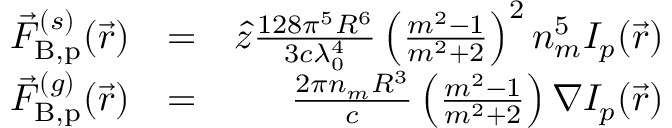
\begin{array} { r l r } { \vec { F } _ { { \mathrm { B , p } } } ^ { ( s ) } ( \vec { r } ) } & { = } & { \hat { z } \frac { 1 2 8 \pi ^ { 5 } R ^ { 6 } } { 3 c \lambda _ { 0 } ^ { 4 } } \left( \frac { m ^ { 2 } - 1 } { m ^ { 2 } + 2 } \right) ^ { 2 } n _ { m } ^ { 5 } I _ { p } ( \vec { r } ) } \\ { \vec { F } _ { { \mathrm { B , p } } } ^ { ( g ) } ( \vec { r } ) } & { = } & { \frac { 2 \pi n _ { m } R ^ { 3 } } { c } \left( \frac { m ^ { 2 } - 1 } { m ^ { 2 } + 2 } \right) \nabla I _ { p } ( \vec { r } ) } \end{array}